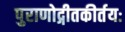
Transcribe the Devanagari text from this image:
पुराणोद्गीतकीर्तयः